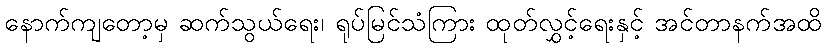
နောက်ကျတော့မှ ဆက်သွယ်ရေး၊ ရုပ်မြင်သံကြား ထုတ်လွှင့်ရေးနှင့် အင်တာနက်အထိ